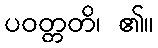
ပဝတ္တတိ၊ ၏။